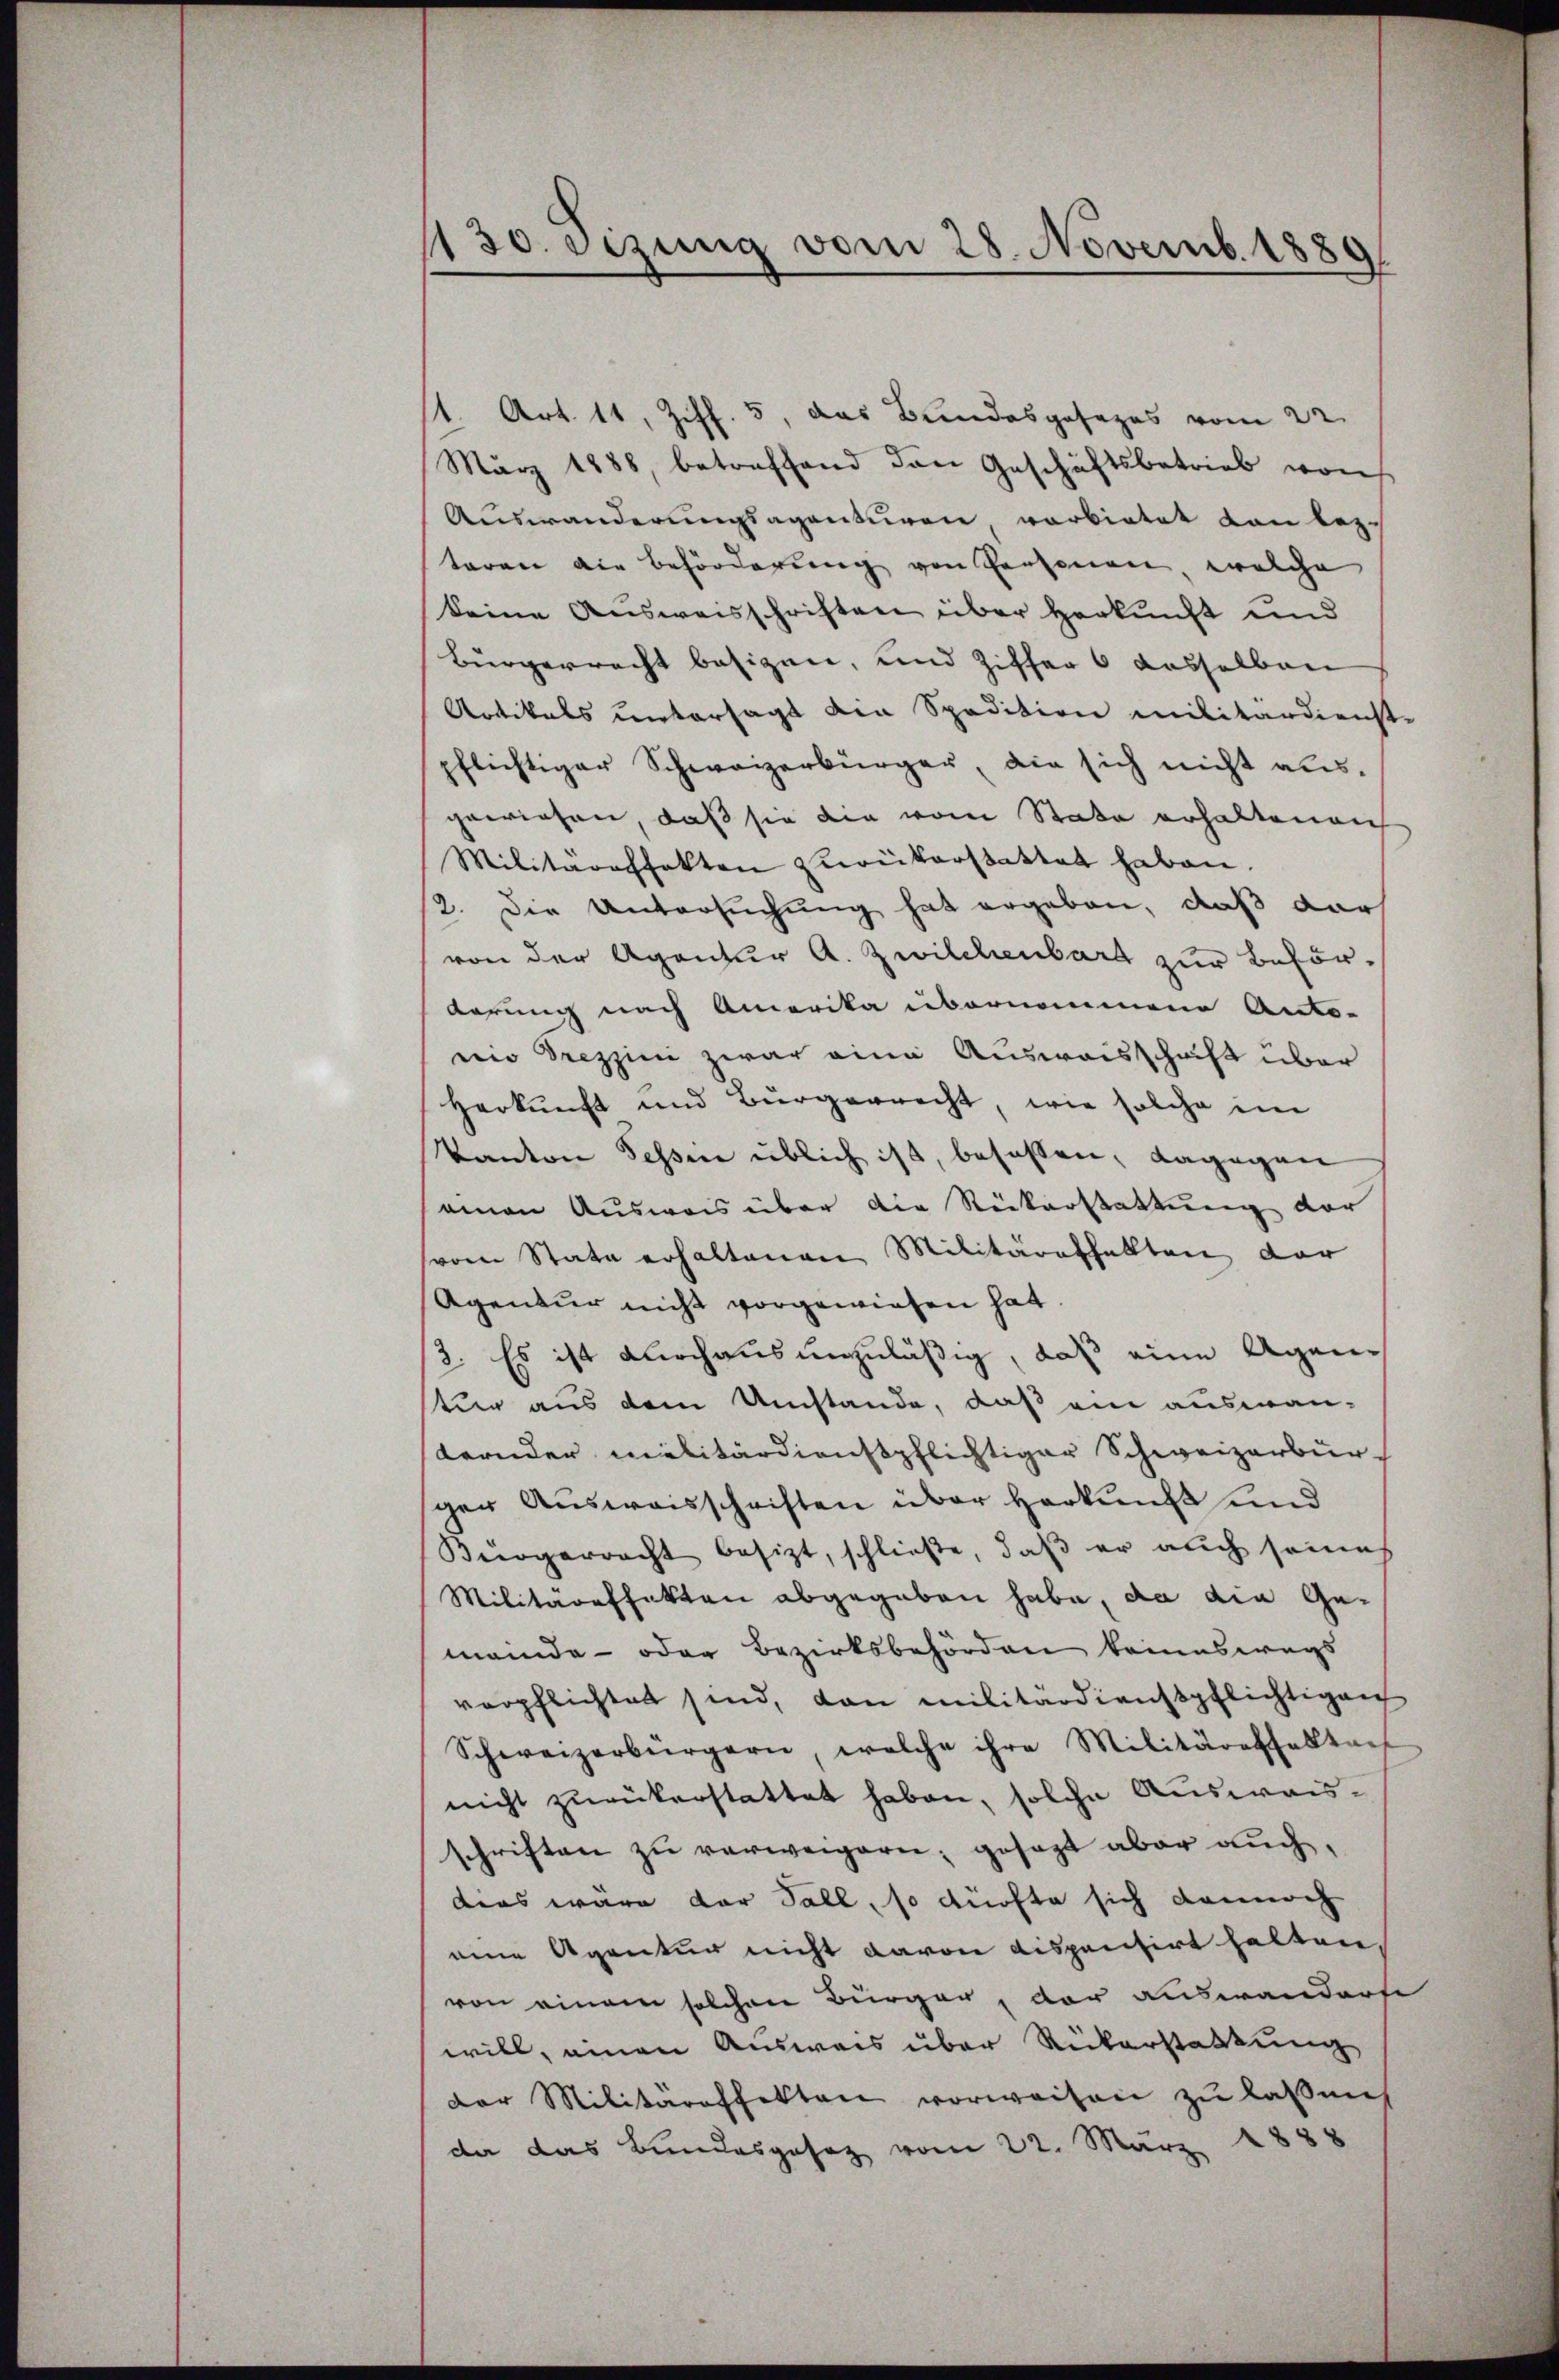
1130. Sizung vom 28. Novemb. 1880

1. Art. 11, Ziff. 5, das Bundesgesezes vom 22.
März 1888, betreffend den Geschäftsbetrieb woh
Auswanderungsagenturen, vorbietet von leztaren die Beförderung von Personen, welche
keine Ausweisschriften über Herkunft und
Bürgerrecht besizen, und Ziffer 6 dasselben
Artikels untersagt die Spedition militärdienst-
pflichtiger Schweizerbürger, die sich nicht aus-
gewiesen, daß sie die vom State erhaltenen
Militäraffekten zureikerstattet haben.
2. Die Untersuchung hat ergeben, daß dar
von der Agentur A. Zwilchenbarg zur Befördarung nach Amerika übernommene Anto-
nio prezzini zwar eine Ausweisschaft über
Herkunft und Bürgerrecht, wie solche im
Kanton Tessin üblich ist, besassen, dagegen
ainen Ausweis über die Rückerstattung der
(vom State erhaltenen Militärafhalten der
Agentur nicht vorgewiesen hat
3. Es ist durchausunzuläßig, daß eine Agenstur aus dem Umstände, daß ein auswanternder militärdienstpflichtiger Schweizerbürger Ausweisschriften über Herkunft und
Bürgerracht besizt, schließe, daß er auch seines
Militäreffekten abgegeben habe, da die Gemeinde- oder Bezirksbehörden keineswegs
verpflichtet sind, dan militärdienstpflichtigen
Schweizerbürgern, welche ihre Militäraffalltar
nicht zurückerstattet haben, solche Ausweisschriften zu verweigern; gesezt aber auch,
dies wäre der Fall, so dürfte sich dannoch
eine Agentur nicht davon dispensirt halten
von einem solchen Bürger, der auswanderse
will, einen Ausweis über Rükerstattung
der Militareffekten vorweisen zu lassnich
da das Bundesgesez vom 22. März 1888